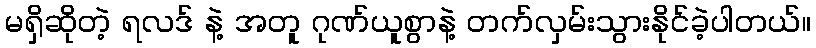
မရှိဆိုတဲ့ ရလဒ် နဲ့ အတူ ဂုဏ်ယူစွာနဲ့ တက်လှမ်းသွားနိုင်ခဲ့ပါတယ်။